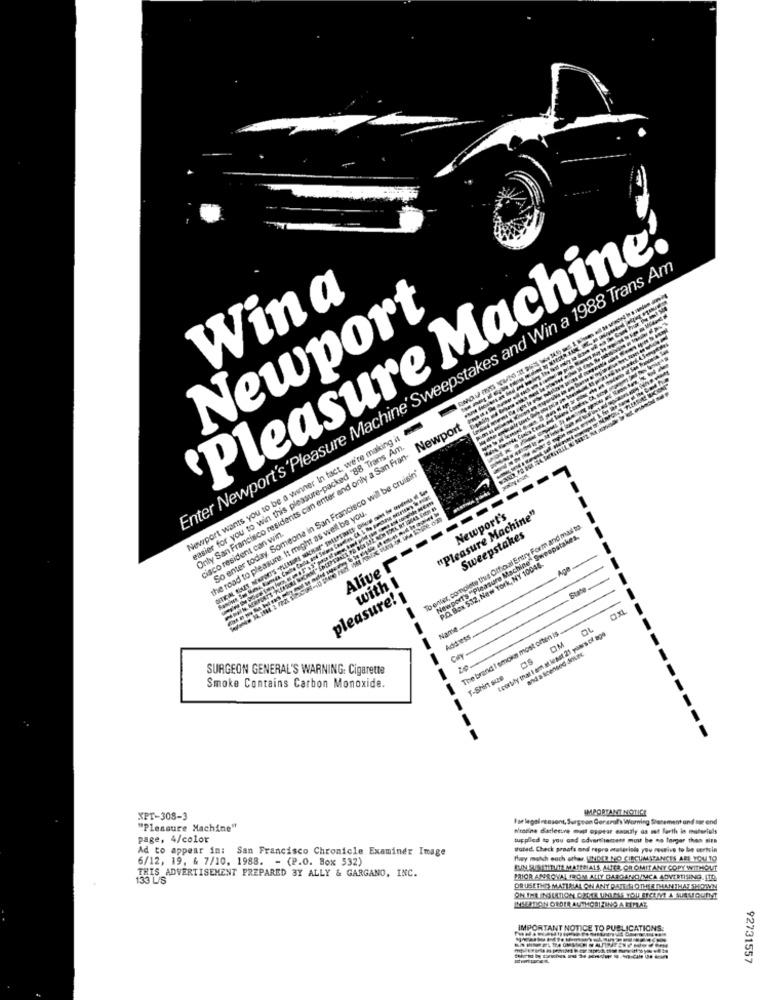
'Pleasure Machine!
Enter Newport's'Pleasure Machine' Sweepstakes and Win a 1988 Trans Am
Wina
Newport
-
Newport
Newport wants you to be a winner In fact, we're making it
easier for you to win this pleasure-packed "88 Trans Am.
Only San Francisco residents can enter and only a San Fran-
So enter today. Someone in San Francisco will be cruisin
the road to pleasure. It might as well be you.
"Pleasure Machine"
To enter, complete thus Ottical Entry Form and mas to.
Newport's
-
cisco resident can win.
Sweepstakes
Newport's "Pleasure Machine" Sweepstakes.
-
Alive -
P.O. Box 532, New York, NY 10046.
with I
pleasure! 1
Name
The brand I smoke most often is
Icorbly that i am at least 21 years of age
Address
OM
City
20
SURGEON GENERAL'S WARNING: Cigarette
T-Shirt suze
Smoke Contains Carbon Monoxide.
----
IMPORTANT NOTICE
XPT-308-3
For legalmensont, Surgeon General's Worring Statement and sor end
"Pleasure Machine"
N'estine datlettre must appear enouly as set forth in materials
page, 4/color
tupplled to you and advertisement mou be no larger than sire
Ad to appear in: San Francisco Chronicle Examiner Image
taled. Check proafs and repro ataleriels you receive to be certain
6/12, 19. & 7/10. 1988. - (P.O. Box 532)
they match eoch athar. UNDER NO CIRCUMSTANCES ARE YOU TO
THIS ADVERTISEMENT PREPARED BY ALLY & GARGANO, INC.
BUENAS STEVIA MATENALS, MATER, OR OMIT ANY COPY WITHOUT
133 L/S
PRIOR ASTROVAL IROM ALLY GARGANO/MICA ADVERTISING.ITD.
OR USETHIS MATERIAL ON ANY PATTHL OTHER THANTHAT SHOWN
ONTHE INSERTION QUEER UNLESS YOU BECEMI A SUASEQUENT
INSERTION ORDER AUTHORIZING A MITHAT
IMP
RTANT NOTICE TO PUBLICAT
92731557